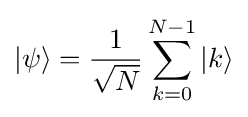
|\psi \rangle ={\frac {1}{\sqrt {N}}}\sum _{k=0}^{N-1}|k\rangle